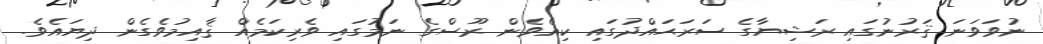
ނުވަވަނަ ޤަރުނުގައި ރަޝިޔާގެ ސަރަޙައްދުގައި ކިއެވެން ރޫސްގެ ނަމުގައި ވެރިކަމެއް ޤާއިމުވެގެން ދިޔައެވެ.